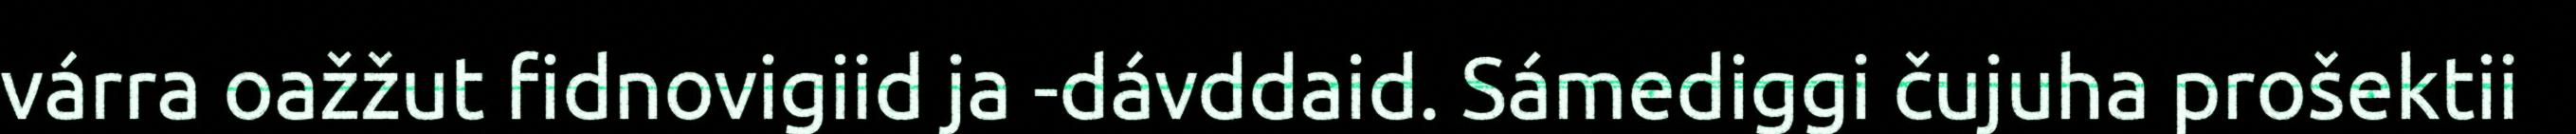
várra oažžut fidnovigiid ja -dávddaid. Sámediggi čujuha prošektii